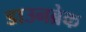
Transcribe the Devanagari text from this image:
डाउनब्रेक